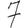
Digit: 7